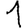
Digit: 1